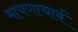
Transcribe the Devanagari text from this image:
मायणाचार्य